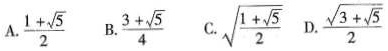
A. \frac{1+ \sqrt{5}}{2} B.\frac{3+ \sqrt{5}}{4} C.\sqrt{ \frac{1+ \sqrt{5}}{2}} D. \frac{ \sqrt{3+ \sqrt{5}}}{2}